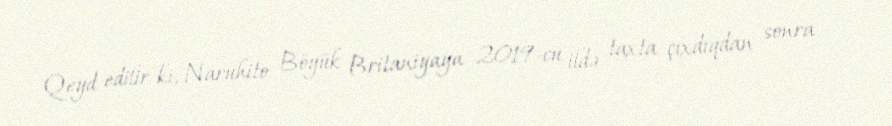
Qeyd edilir ki, Naruhito Böyük Britaniyaya 2019-cu ildə taxta çıxdıqdan sonra